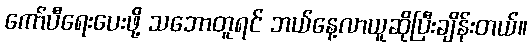
ကော်ပီရေးပေးဖို့ သဘောတူရင် ဘယ်နေ့လာယူဆိုပြီးချိန်းတယ်။